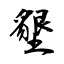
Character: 墾